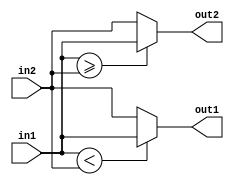

//this modulte rander the in1 and in2 value into an sorted pair - out1, out2.
module swape(in1,in2,out1,out2);

input [7:0] in1,in2;
output [7:0] out1,out2;

assign out1 = (in1<in2)?in1:in2;
assign out2 = (in1>=in2)?in1:in2;


endmodule